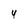
Character: 4